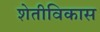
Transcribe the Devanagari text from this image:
शेतीविकास